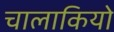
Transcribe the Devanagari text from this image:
चालाकियो